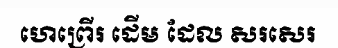
ហេព្រើរ ដើម ដែល សរសេរ